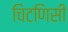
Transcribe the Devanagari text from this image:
चिटणिसी